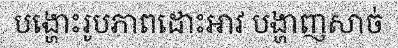
បង្ហោះរូបភាពដោះអាវ បង្ហាញសាច់